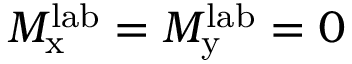
M _ { \mathrm { x } } ^ { \mathrm { l a b } } = M _ { \mathrm { y } } ^ { \mathrm { l a b } } = 0